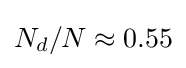
N_{d}/N\approx 0.55